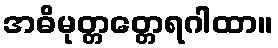
အဓိမုတ္တတ္တေရဂါထာ။